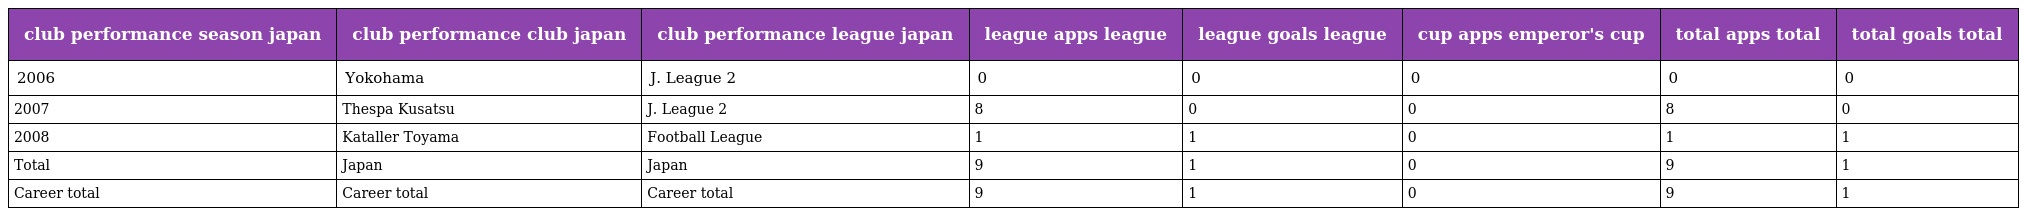
| club performance season japan | club performance club japan | club performance league japan | league apps league | league goals league | cup apps emperor's cup | total apps total | total goals total |
 | --- | --- | --- | --- | --- | --- | --- | --- |
 | 2006 | Yokohama | J. League 2 | 0 | 0 | 0 | 0 | 0 |
 | 2007 | Thespa Kusatsu | J. League 2 | 8 | 0 | 0 | 8 | 0 |
 | 2008 | Kataller Toyama | Football League | 1 | 1 | 0 | 1 | 1 |
 | Total | Japan | Japan | 9 | 1 | 0 | 9 | 1 |
 | Career total | Career total | Career total | 9 | 1 | 0 | 9 | 1 |